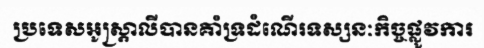
ប្រទេសអូស្ត្រាលីបានគាំទ្រដំណើរទស្សនៈកិច្ចផ្លូវការ